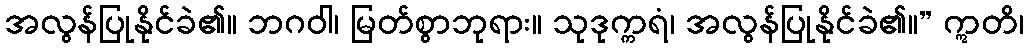
အလွန်ပြုနိုင်ခဲ၏။ ဘဂဝါ၊ မြတ်စွာဘုရား။ သုဒုက္ကရံ၊ အလွန်ပြုနိုင်ခဲ၏။” ဣတိ၊